Burma Government Medical School reports 1923-41
Year: 1923
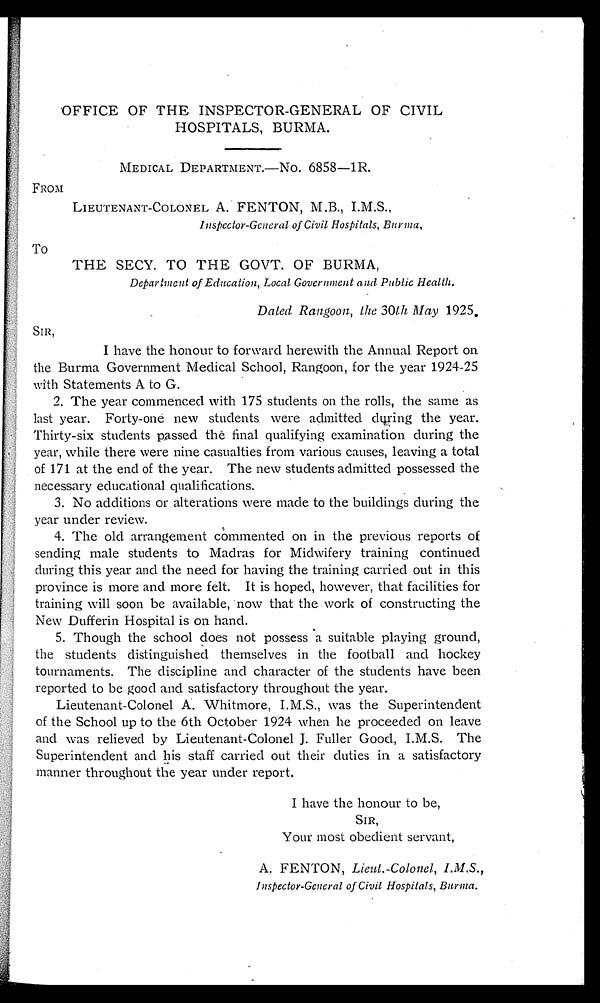
OFFICE OF THE INSPECTOR-GENERAL OF CIVIL
HOSPITALS, BURMA.
MEDICAL DEPARTMENT.—NO. 6858—1R.
FROM
LIEUTENANT-COLONEL A. FENTON, M.B., I.M.S.,
Inspector-General of Civil Hospitals, Burma,
To
THE SECY. TO THE GOVT. OF BURMA,
Department of Education, Local Government and Public Health.
Dated Rangoon, the 30th May 1925.
SIR,
I have the honour to forward herewith the Annual Report on
the Burma Government Medical School, Rangoon, for the year 1924-25
with Statements A to G.
2. The year commenced with 175 students on the rolls, the same as
last year. Forty-one new students were admitted during the year.
Thirty-six students passed the final qualifying examination during the
year, while there were nine casualties from various causes, leaving a total
of 171 at the end of the year. The new students admitted possessed the
necessary educational qualifications.
3. No additions or alterations were made to the buildings during the
year under review.
4.The old arrangement commented on in the previous reports of
sending male students to Madras for Midwifery training continued
during this year and the need for having the training carried out in this
province is more and more felt. It is hoped, however, that facilities for
training will soon be available, now that the work of constructing the
New Dufferin Hospital is on hand.
5. Though the school does not possess a suitable playing ground,
the students distinguished themselves in the football and hockey
tournaments. The discipline and character of the students have been
reported to be good and satisfactory throughout the year.
Lieutenant-Colonel A. Whitmore, I.M.S., was the Superintendent
of the School up to the 6th October 1924 when he proceeded on leave
and was relieved by Lieutenant-Colonel J. Fuller Good, I.M.S. The
Superintendent and his staff carried out their duties in a satisfactory
manner throughout the year under report.
I have the honour to be,
SIR,
Your most obedient servant,
A. FENTON, Lieut.-Colonel,
I . M . S . ,
Inspector-General of Civil Hospitals, Burma.